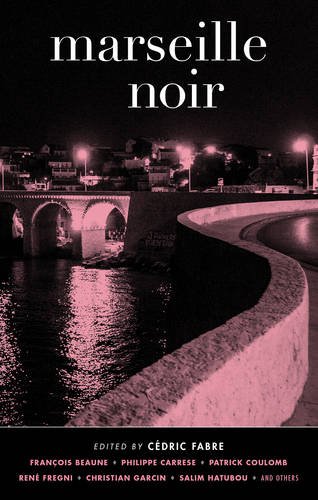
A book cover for Marseille Noir (Akashic Noir); Mystery, Thriller & Suspense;